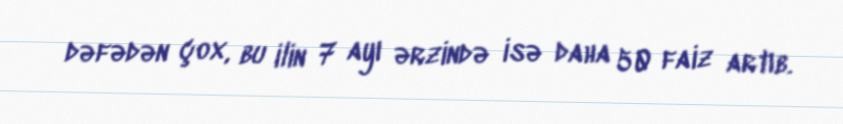
dəfədən çox, bu ilin 7 ayı ərzində isə daha 50 faiz artıb.